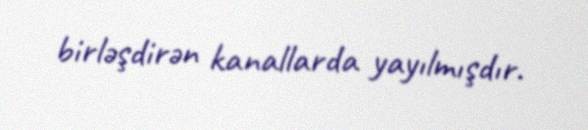
birləşdirən kanallarda yayılmışdır.